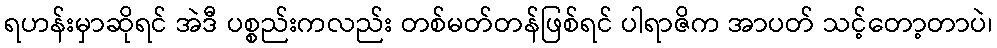
ရဟန်းမှာဆိုရင် အဲဒီ ပစ္စည်းကလည်း တစ်မတ်တန်ဖြစ်ရင် ပါရာဇိက အာပတ် သင့်တော့တာပဲ၊